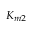
K _ { m 2 }